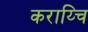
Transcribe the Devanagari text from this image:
कराय्चि